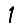
Digit: 1